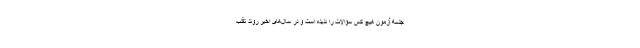
جلسه آزمون هیچ کس سؤالات را ندیده است و در سال‌های اخیر روند تقلب